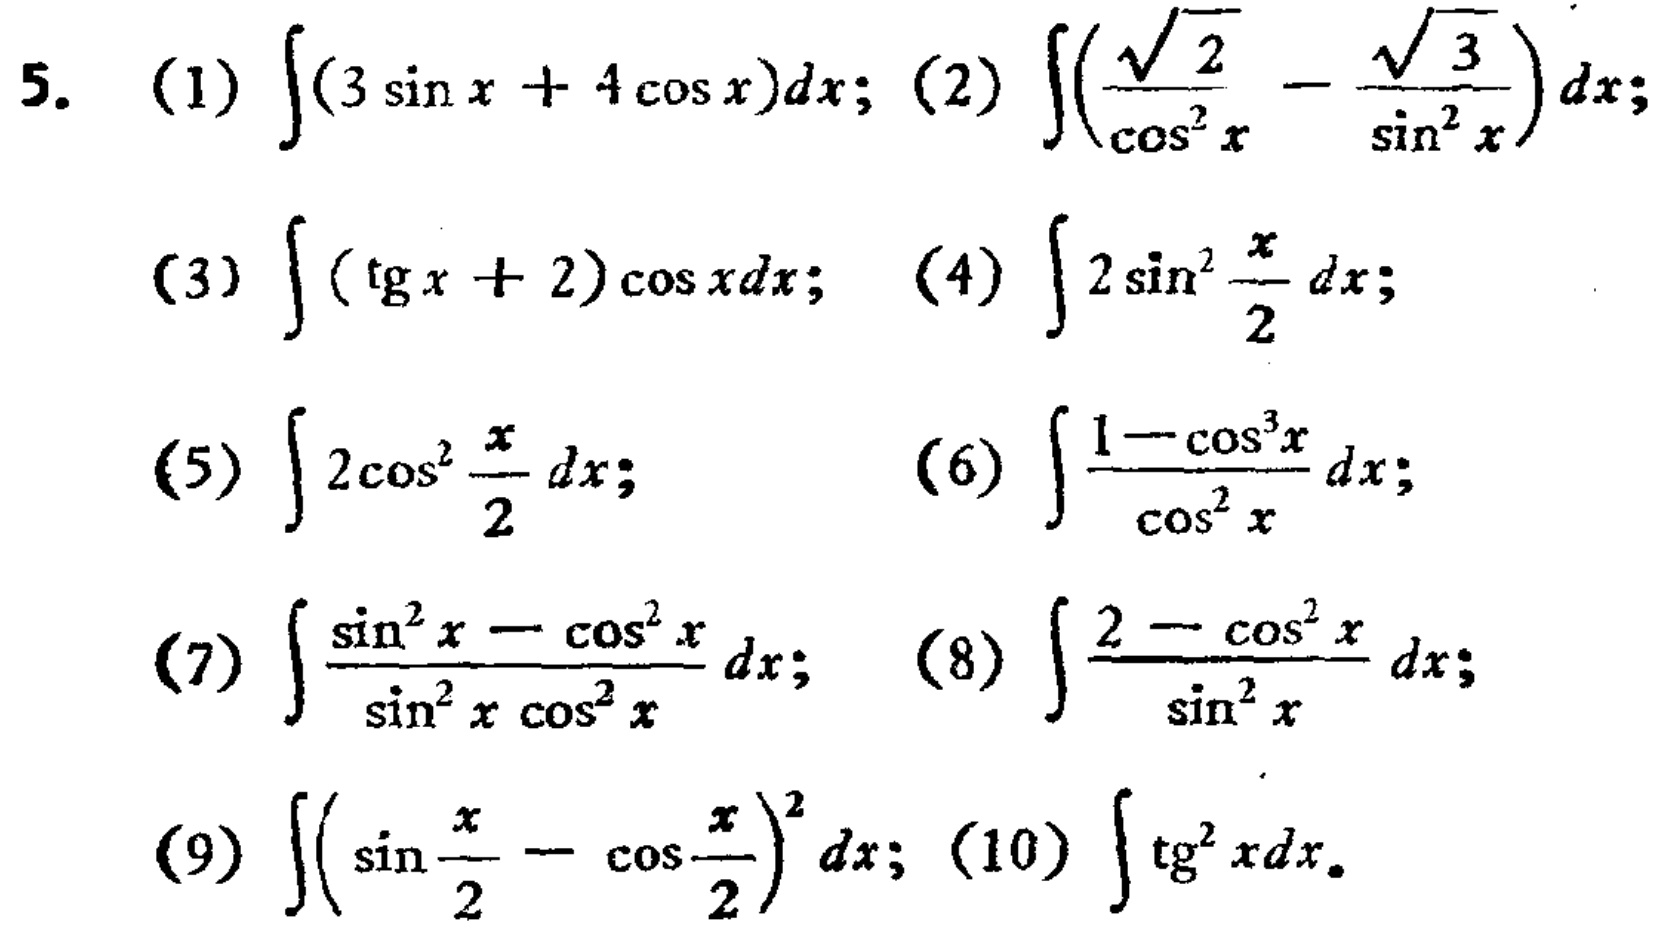
5. (1) \(\int(3\sin x + 4\cos x)dx\); (2) \(\int\left(\frac{\sqrt{2}}{\cos^{2}x}-\frac{\sqrt{3}}{\sin^{2}x}\right)dx\);
(3) \(\int(\tg x + 2)\cos xdx\); (4) \(\int 2\sin^{2}\frac{x}{2}dx\);
(5) \(\int 2\cos^{2}\frac{x}{2}dx\); (6) \(\int\frac{1 - \cos^{3}x}{\cos^{2}x}dx\);
(7) \(\int\frac{\sin^{2}x - \cos^{2}x}{\sin^{2}x\cos^{2}x}dx\); (8) \(\int\frac{2 - \cos^{2}x}{\sin^{2}x}dx\);
(9) \(\int\left(\sin\frac{x}{2}-\cos\frac{x}{2}\right)^{2}dx\); (10) \(\int\tg^{2}xdx\)